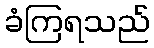
ခံကြရသည်